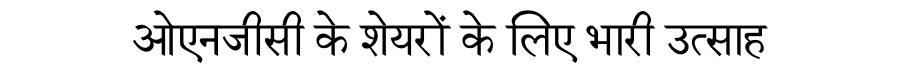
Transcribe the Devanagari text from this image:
ओएनजीसी के शेयरों के लिए भारी उत्साह